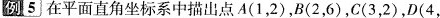
例5在平面直角坐标系中描出点A(1，2)，B(2，6)，C(3，2)，D(4，